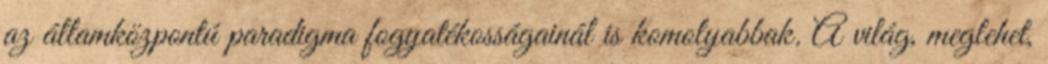
az államközpontú paradigma fogyatékosságainál is komolyabbak. A világ, meglehet,